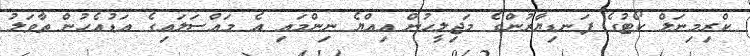
ކްރިމިނަލް ކޯޓުގެ ފަނޑިޔާރުންގެ މަޖިލީހުން އިއްޔެ ނިންމައި އެ މައްސަލައިގެ އަޑުއެހުން ތާވަލު